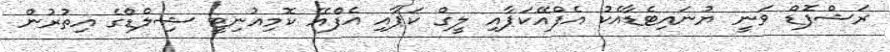
ރަޝްފޮޑް ވަނީ ޔުނައިޓެޑާއެކު އެފްއޭކަޕާއި ލީގް ކަޕާއި އެފްއޭ ކޮމިއުނިޓީ ޝިލްޑްގެ އިތުރުން